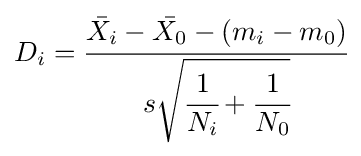
D_{i}={\cfrac {{\bar {X_{i}}}-{\bar {X_{0}}}-(m_{i}-m_{0})}{s{\sqrt {{\cfrac {1}{N_{i}}}+{\cfrac {1}{N_{0}}}}}}}